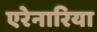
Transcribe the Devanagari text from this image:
एरेनारिया